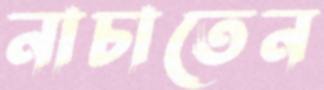
নাচাতেন